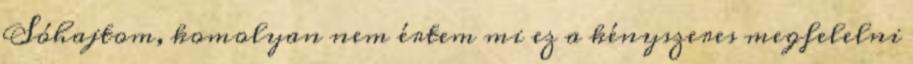
Sóhajtom, komolyan nem értem mi ez a kényszeres megfelelni